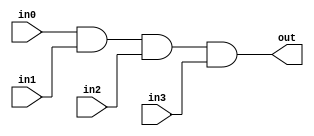
`timescale 1ns / 1ps

    module and4_4b(
        input wire  [3:0] in0,
        input wire  [3:0] in1,
        input wire  [3:0] in2,
        input wire  [3:0] in3,
        output wire [3:0] out
        
    );
    
    assign out = in0 & in1 & in2 & in3;
    
endmodule